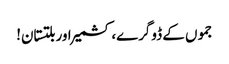
جموں کے ڈوگرے، کشمیر اور بلتستان!